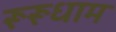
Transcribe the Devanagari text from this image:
रूरूधाम